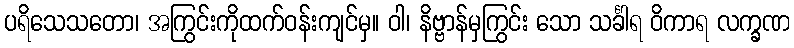
ပရိသေသတော၊ အကြွင်းကိုထက်ဝန်းကျင်မှ။ ဝါ၊ နိဗ္ဗာန်မှကြွင်း သော သင်္ခါရ ဝိကာရ လက္ခဏ